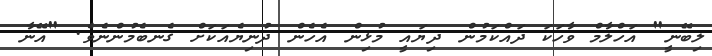
ލިބޭނީ" އަހްލާމް ވާހަކަ ދައްކަމުން ދިޔައީ މުޅިން އެހެން ދުނިޔެއަކަށް ގެނބެމުންނެވެ. "އޭނާ